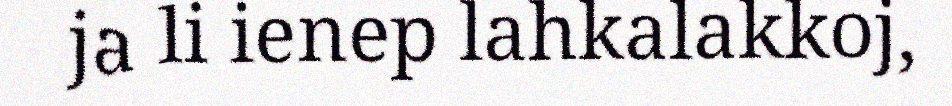
ja li ienep lahkalakkoj,